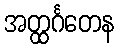
အတ္ထင်္ဂတေန